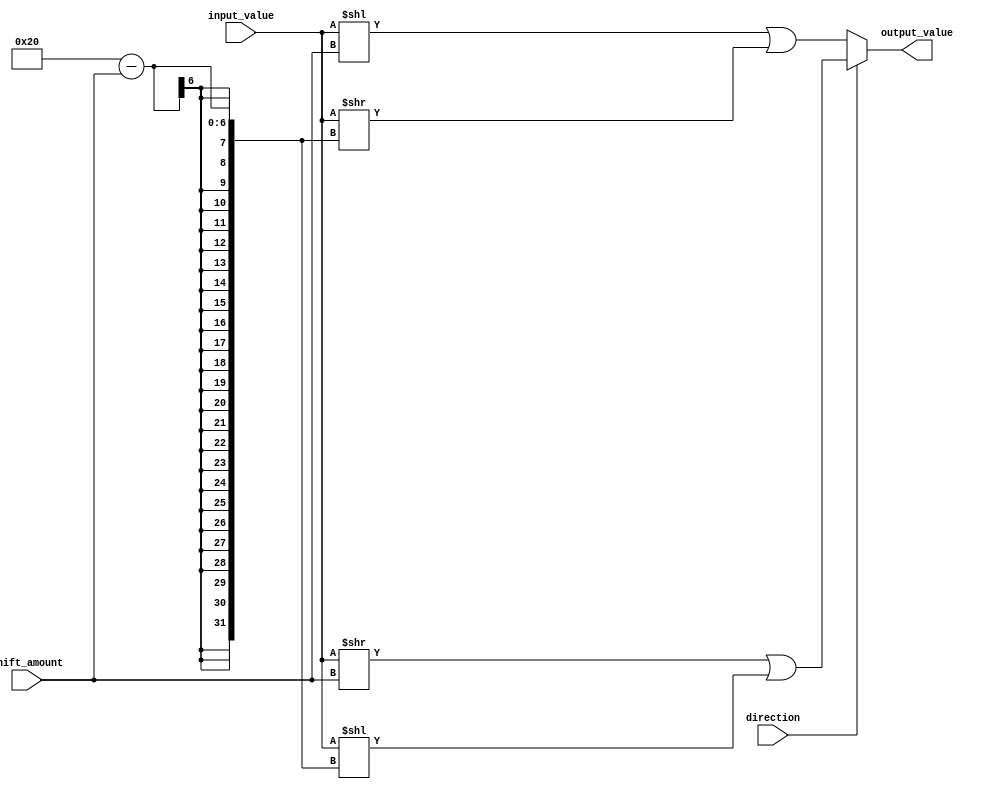
module barrel_shifter(
    input signed [31:0] input_value,
    input [4:0] shift_amount,
    input direction, // 0 for left, 1 for right
    output reg signed [31:0] output_value
);

reg signed [31:0] shifted_value;

always @(*) begin
    if(direction == 0) begin // left shift
        shifted_value = (input_value << shift_amount) | (input_value >> (32 - shift_amount));
    end else begin // right shift
        shifted_value = (input_value >> shift_amount) | (input_value << (32 - shift_amount));
    end
end

assign output_value = shifted_value;

endmodule